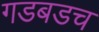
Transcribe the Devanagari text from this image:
गडबडच